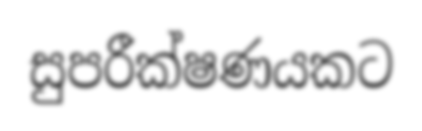
සුපරීක්ෂණයකට